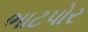
ભાટપોર